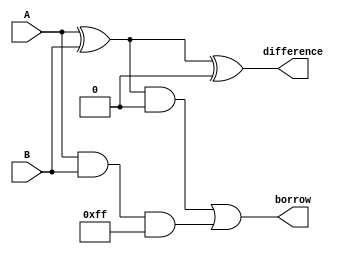
module Subtractor (
    input [7:0] A,
    input [7:0] B,
    output reg [7:0] difference,
    output reg [7:0] borrow
);

// Define internal signals
reg [7:0] A_xor_B;
reg [7:0] A_and_B;
reg [7:0] B_iminus1_and_borrow_iminus1;
reg [7:0] borrow_iminus1;

// Perform subtraction operation using ripple borrow logic
assign A_xor_B = A ^ B;
assign A_and_B = A & B;
assign borrow_iminus1 = 1'b0;

always @* begin
    B_iminus1_and_borrow_iminus1 = {B >> 1, borrow_iminus1[0]};
    difference = A_xor_B ^ borrow_iminus1;
    borrow = A_xor_B & borrow_iminus1 | A_and_B & ~borrow_iminus1;
end

endmodule